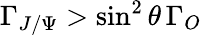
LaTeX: \Gamma_{J/\Psi}>\sin^{2}\theta\, \Gamma_{O}